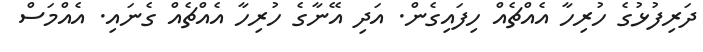
ދަރިފުޅުގެ ހުރިހާ އެއްޗެއް ހިފައިގެން. އަދި އޭނާގެ ހުރިހާ އެއްޗެއް ގެނައި. އެއްމަސް